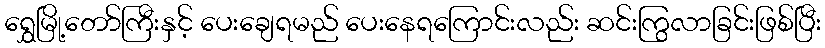
ရွှေမြို့တော်ကြီးနှင့် ပေးချေရမည် ပေးနေရကြောင်းလည်း ဆင်းကြွလာခြင်းဖြစ်ပြီး